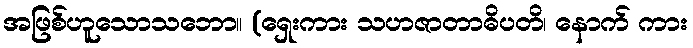
အဖြစ်ဟူသောသဘော။ (ရှေးကား သဟဇာတာဓိပတိ၊ နောက် ကား